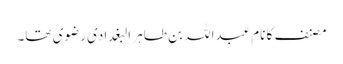
مصنف کا نام عبداللہ بن طاہر البغدادی رضوی تھا۔